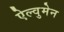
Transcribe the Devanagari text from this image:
ऐल्वुमेन